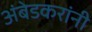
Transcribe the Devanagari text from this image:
अंबेडकरांनी